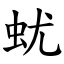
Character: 蚘